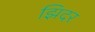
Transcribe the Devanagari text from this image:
झिदर